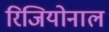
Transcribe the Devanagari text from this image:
रिजियोनाल